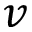
v